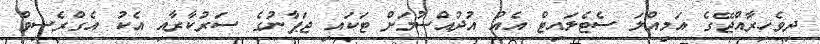
ދިވެހިރާއްޖޭގެ އަމިއްލަ ސެޓެލައިޓް އެއް އުދުއްސުމަށް ޓަކައި ޖަޕާނުގެ ސަރުކާރާއި އެކު އެގްރެސިވް